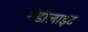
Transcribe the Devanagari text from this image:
गैडोलाइट